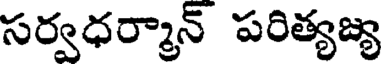
సర్వధర్మాన్ పరిత్యజ్య